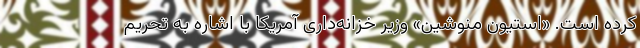
کرده است. «استیون منوشین» وزیر خزانه‌داری آمریکا با اشاره به تحریم